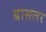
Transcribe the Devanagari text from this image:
बासलर